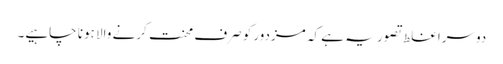
دوسرا غلط تصور یہ ہے کہ مزدورکو صرف محنت کرنے والا ہونا چاہیے۔